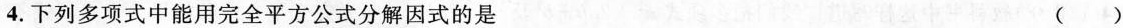
4. 下列多项式中能用完全平方公式分解因式的是 ( )